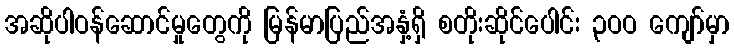
အဆိုပါဝန်ဆောင်မှုတွေကို မြန်မာပြည်အနှံ့ရှိ စတိုးဆိုင်ပေါင်း ၃ဝဝ ကျော်မှာ